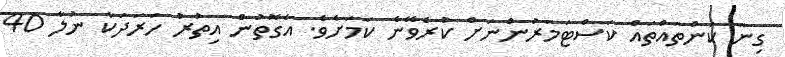
ގިނަ ކަންތައްތައް ކަސްޓަމަރުންނަށް ކުރެވޭނެ ކަމަށެވެ. އެގޮތުން އިތުރު ހަރަދަކާ ނުލާ 40